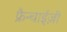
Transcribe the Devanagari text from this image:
फ्रैन्चाईज़ी